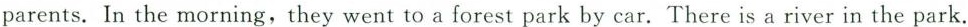
parents. In the morning,they went to a forest park by car. There is a river in the park.